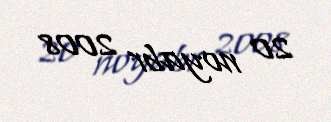
20 noyabr 2008